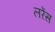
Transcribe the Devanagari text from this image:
लरेंस